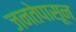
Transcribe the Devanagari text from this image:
जनतेपासून